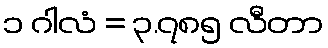
၁ ဂါလံ = ၃.၇၈၅ လီတာ